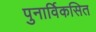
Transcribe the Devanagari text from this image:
पुनार्विकसित